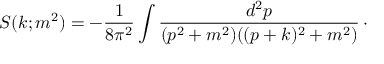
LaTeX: S ( k ; m ^ { 2 } ) = - { \frac { 1 } { 8 \pi ^ { 2 } } } \int { \frac { d ^ { 2 } p } { ( p ^ { 2 } + m ^ { 2 } ) ( ( p + k ) ^ { 2 } + m ^ { 2 } ) } } \, \cdotp